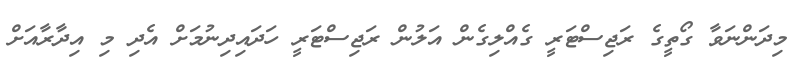
މިދަންނަވާ ގޯތީގެ ރަޖިސްޓަރީ ގެއްލިގެން އަލުން ރަޖިސްޓަރީ ހަދައިދިނުމަށް އެދި މި އިދާރާއަށް